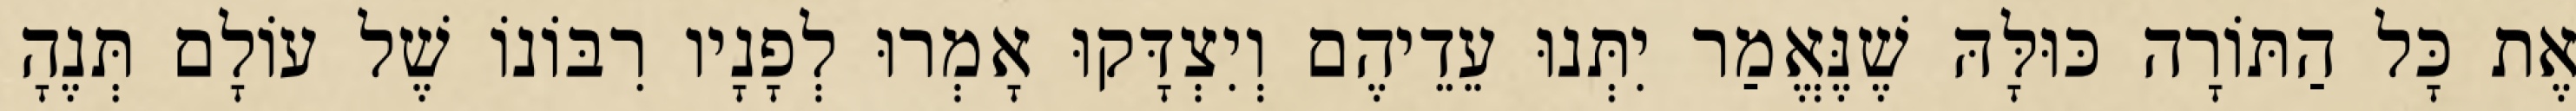
אֶת כָּל הַתּוֹרָה כּוּלָּהּ שֶׁנֶּאֱמַר יִתְּנוּ עֵדֵיהֶם וְיִצְדָּקוּ אָמְרוּ לְפָנָיו רִבּוֹנוֹ שֶׁל עוֹלָם תְּנֶהָ